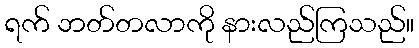
ရက် ဘတ်တလာကို နားလည်ကြသည်။